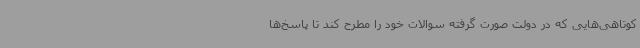
کوتاهی‌هایی که در دولت صورت گرفته سوالات خود را مطرح کند تا پاسخ‌ها